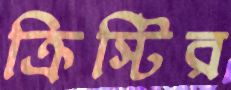
ক্রিস্টির